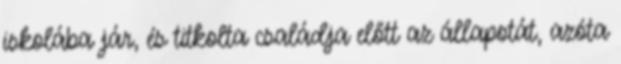
iskolába jár, és titkolta családja előtt az állapotát, azóta